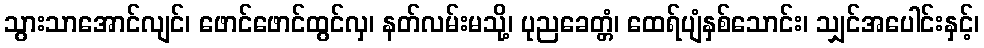
သွားသာအောင်လျင်၊ ဖောင်ဖောင်ထွင်လှ၊ နတ်လမ်းမသို့၊ ပုညခေတ္တံ၊ ထေရ်ပျံနှစ်သောင်း၊ သျှင်အပေါင်းနှင့်၊